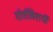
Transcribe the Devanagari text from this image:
गोष्टींविशयीं